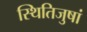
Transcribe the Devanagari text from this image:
स्थितिजुषां